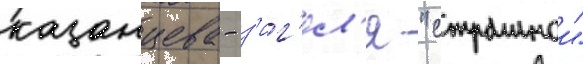
казанцева - з'иг'ел'я "страннои"